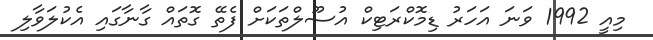
މިއީ 1992 ވަނަ އަހަރު ޑިމޮކްރަޓިކް އުސޫލްތަކަށް ފެތޭ ގޮތައް ގާނާގައި އެކުލަވާލި